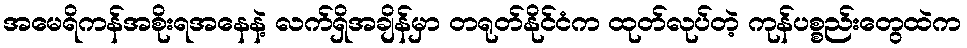
အမေရိကန်အစိုးရအနေနဲ့ လက်ရှိအချိန်မှာ တရုတ်နိုင်ငံက ထုတ်လုပ်တဲ့ ကုန်ပစ္စည်းတွေထဲက